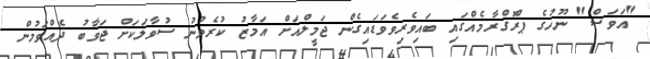
"އަވަސް" ނޫހުގެ ޕްރޮގްރާމެއްގައި ބައިވެރިވެވަޑައިގެން ޖަމީލްއަށް އަމާޒު ކުރެވުނު ސުވާލަކަށް ޖަވާބު ދެއްވަމުން